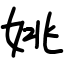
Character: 姚